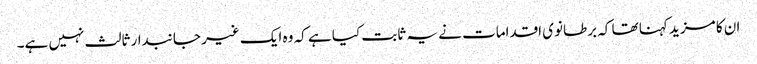
ان کا مزید کہنا تھا کہ برطانوی اقدامات نے یہ ثابت کیا ہے کہ وہ ایک غیر جانبدار ثالث نہیں ہے۔